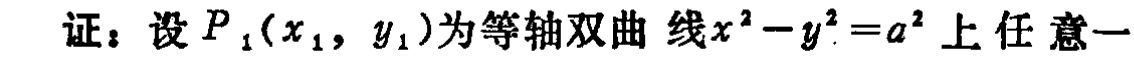
证：设\(P_1(x_1, y_1)\)为等轴双曲线\(x^{2}-y^{2}=a^{2}\)上任意一